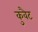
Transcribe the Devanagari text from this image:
कुवैट